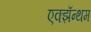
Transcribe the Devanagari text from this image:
एक्झॅन्थम